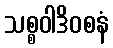
သစ္စဝါဒိဝစနံ